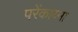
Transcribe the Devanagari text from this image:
परेंकाय्मा